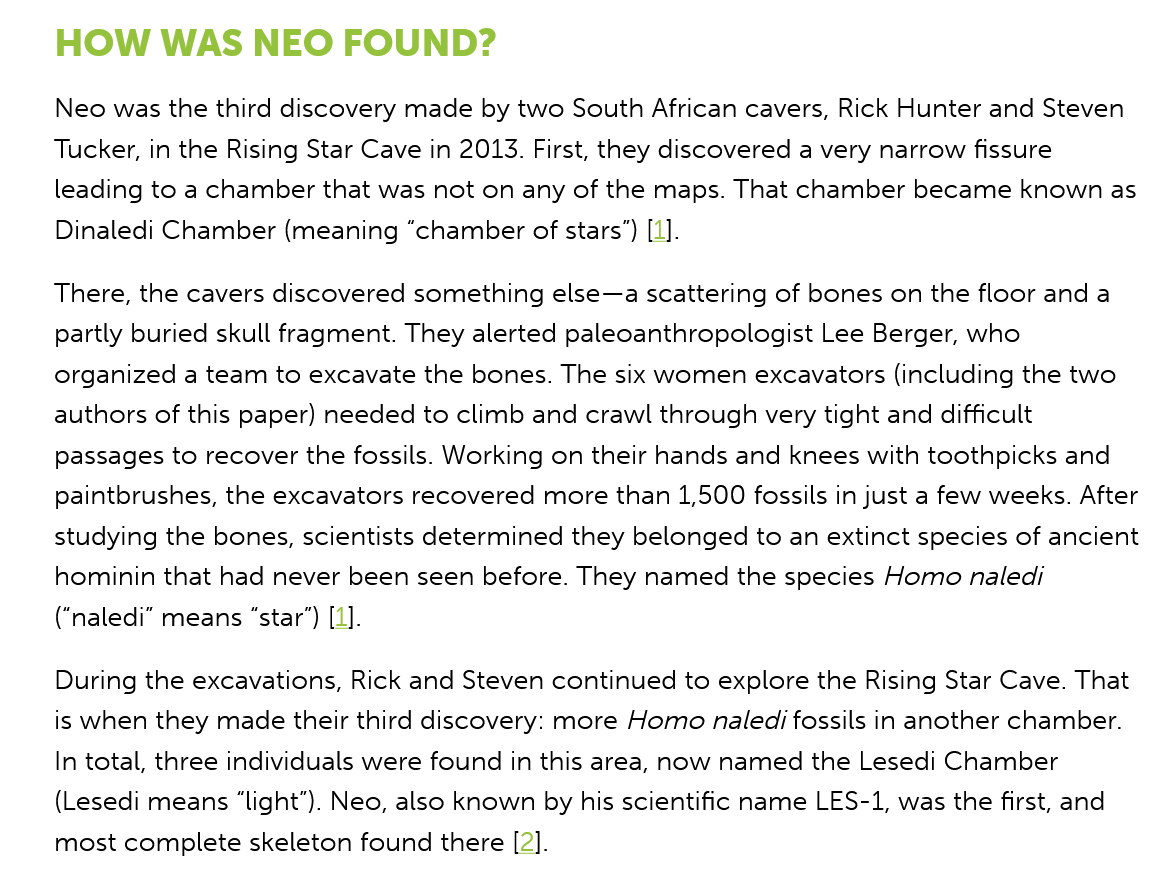
HOW    WAS   NEO    FOUND?
    Neo was the third discovery made by two South African cavers, Rick Hunter and Steven
    Tucker, in the Rising Star Cave in 2013. First, they discovered a very narrow fissure
    leading to a chamber that was not on any of the maps. That chamber became known as
    Dinaledi Chamber (meaning “chamber of stars”) [1].
    There, the cavers discovered something else—a scattering of bones on the floor and a
    partly buried skull fragment. They alerted paleoanthropologist Lee Berger, who
    organized a team to excavate the bones. The six women excavators (including the two
    authors of this paper) needed to climb and crawl through very tight and difficult
    passages to recover the fossils. Working on their hands and knees with toothpicks and
    paintbrushes, the excavators recovered more than 1,500 fossils in just a few weeks. After
    studying the bones, scientists determined they belonged to an extinct species of ancient
    hominin that had never been seen before. They named the species Homo naledi
    (“naledi” means “star’) [1].
    During the excavations, Rick and Steven continued to explore the Rising Star Cave. That
    is when they made their third discovery: more Homo naledi fossils in another chamber.
    In total, three individuals were found in this area, now named the Lesedi Chamber
    (Lesedi means “light’). Neo, also known by his scientific name LES-1, was the first, and
    most complete skeleton found there [2].